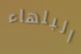
البلهاء